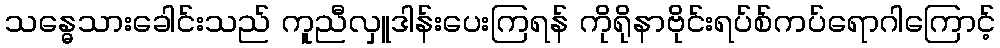
သန္ဓေသားခေါင်းသည် ကူညီလှူဒါန်းပေးကြရန် ကိုရိုနာဗိုင်းရပ်စ်ကပ်ရောဂါကြောင့်